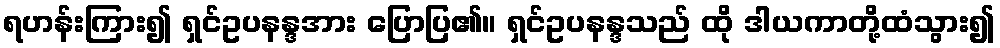
ရဟန်းကြား၍ ရှင်ဥပနန္ဒအား ပြောပြ၏။ ရှင်ဥပနန္ဒသည် ထို ဒါယကာတို့ထံသွား၍